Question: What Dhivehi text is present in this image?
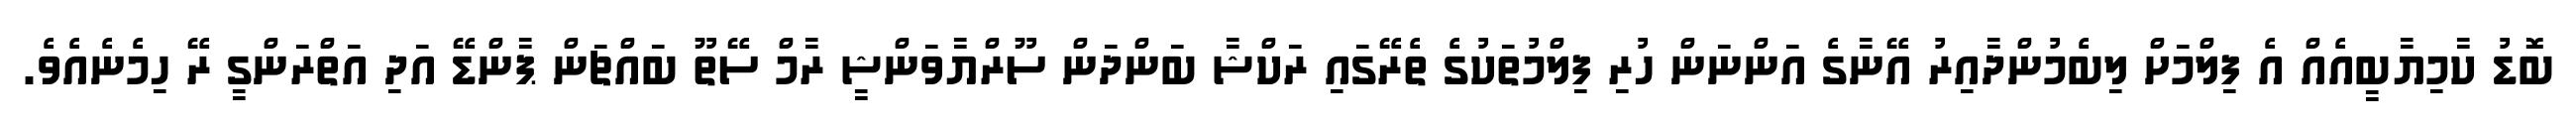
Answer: ބޮޑު ކާމިޔާބީއެއް އެ ފިލްމަށް ލިބެމުންދާއިރު އޭނާގެ އަންނަން ހުރި ފިލްމުތަކުގެ ތެރޭގައި ރަކްޝާ ބަންދަން ސޫރްޔާވަންޝީ ރާމް ސޭތޫ ބައްޗަން ޕާންޑޭ އަދި އަތްރަންގީ ރޭ ހިމެނެއެވެ.